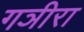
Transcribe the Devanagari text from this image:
गञीरा